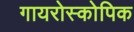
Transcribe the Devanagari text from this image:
गायरोस्कोपिक